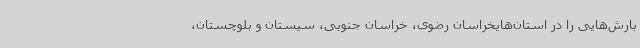
بارش‌هایی را در استان‌هایخراسان رضوی، خراسان جنوبی، سیستان و بلوچستان،